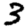
Digit: 3